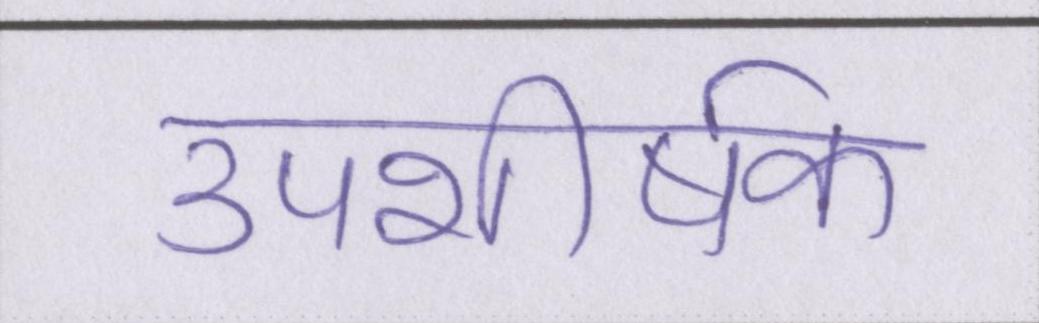
उपशीर्षक